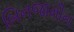
બિનજામીન